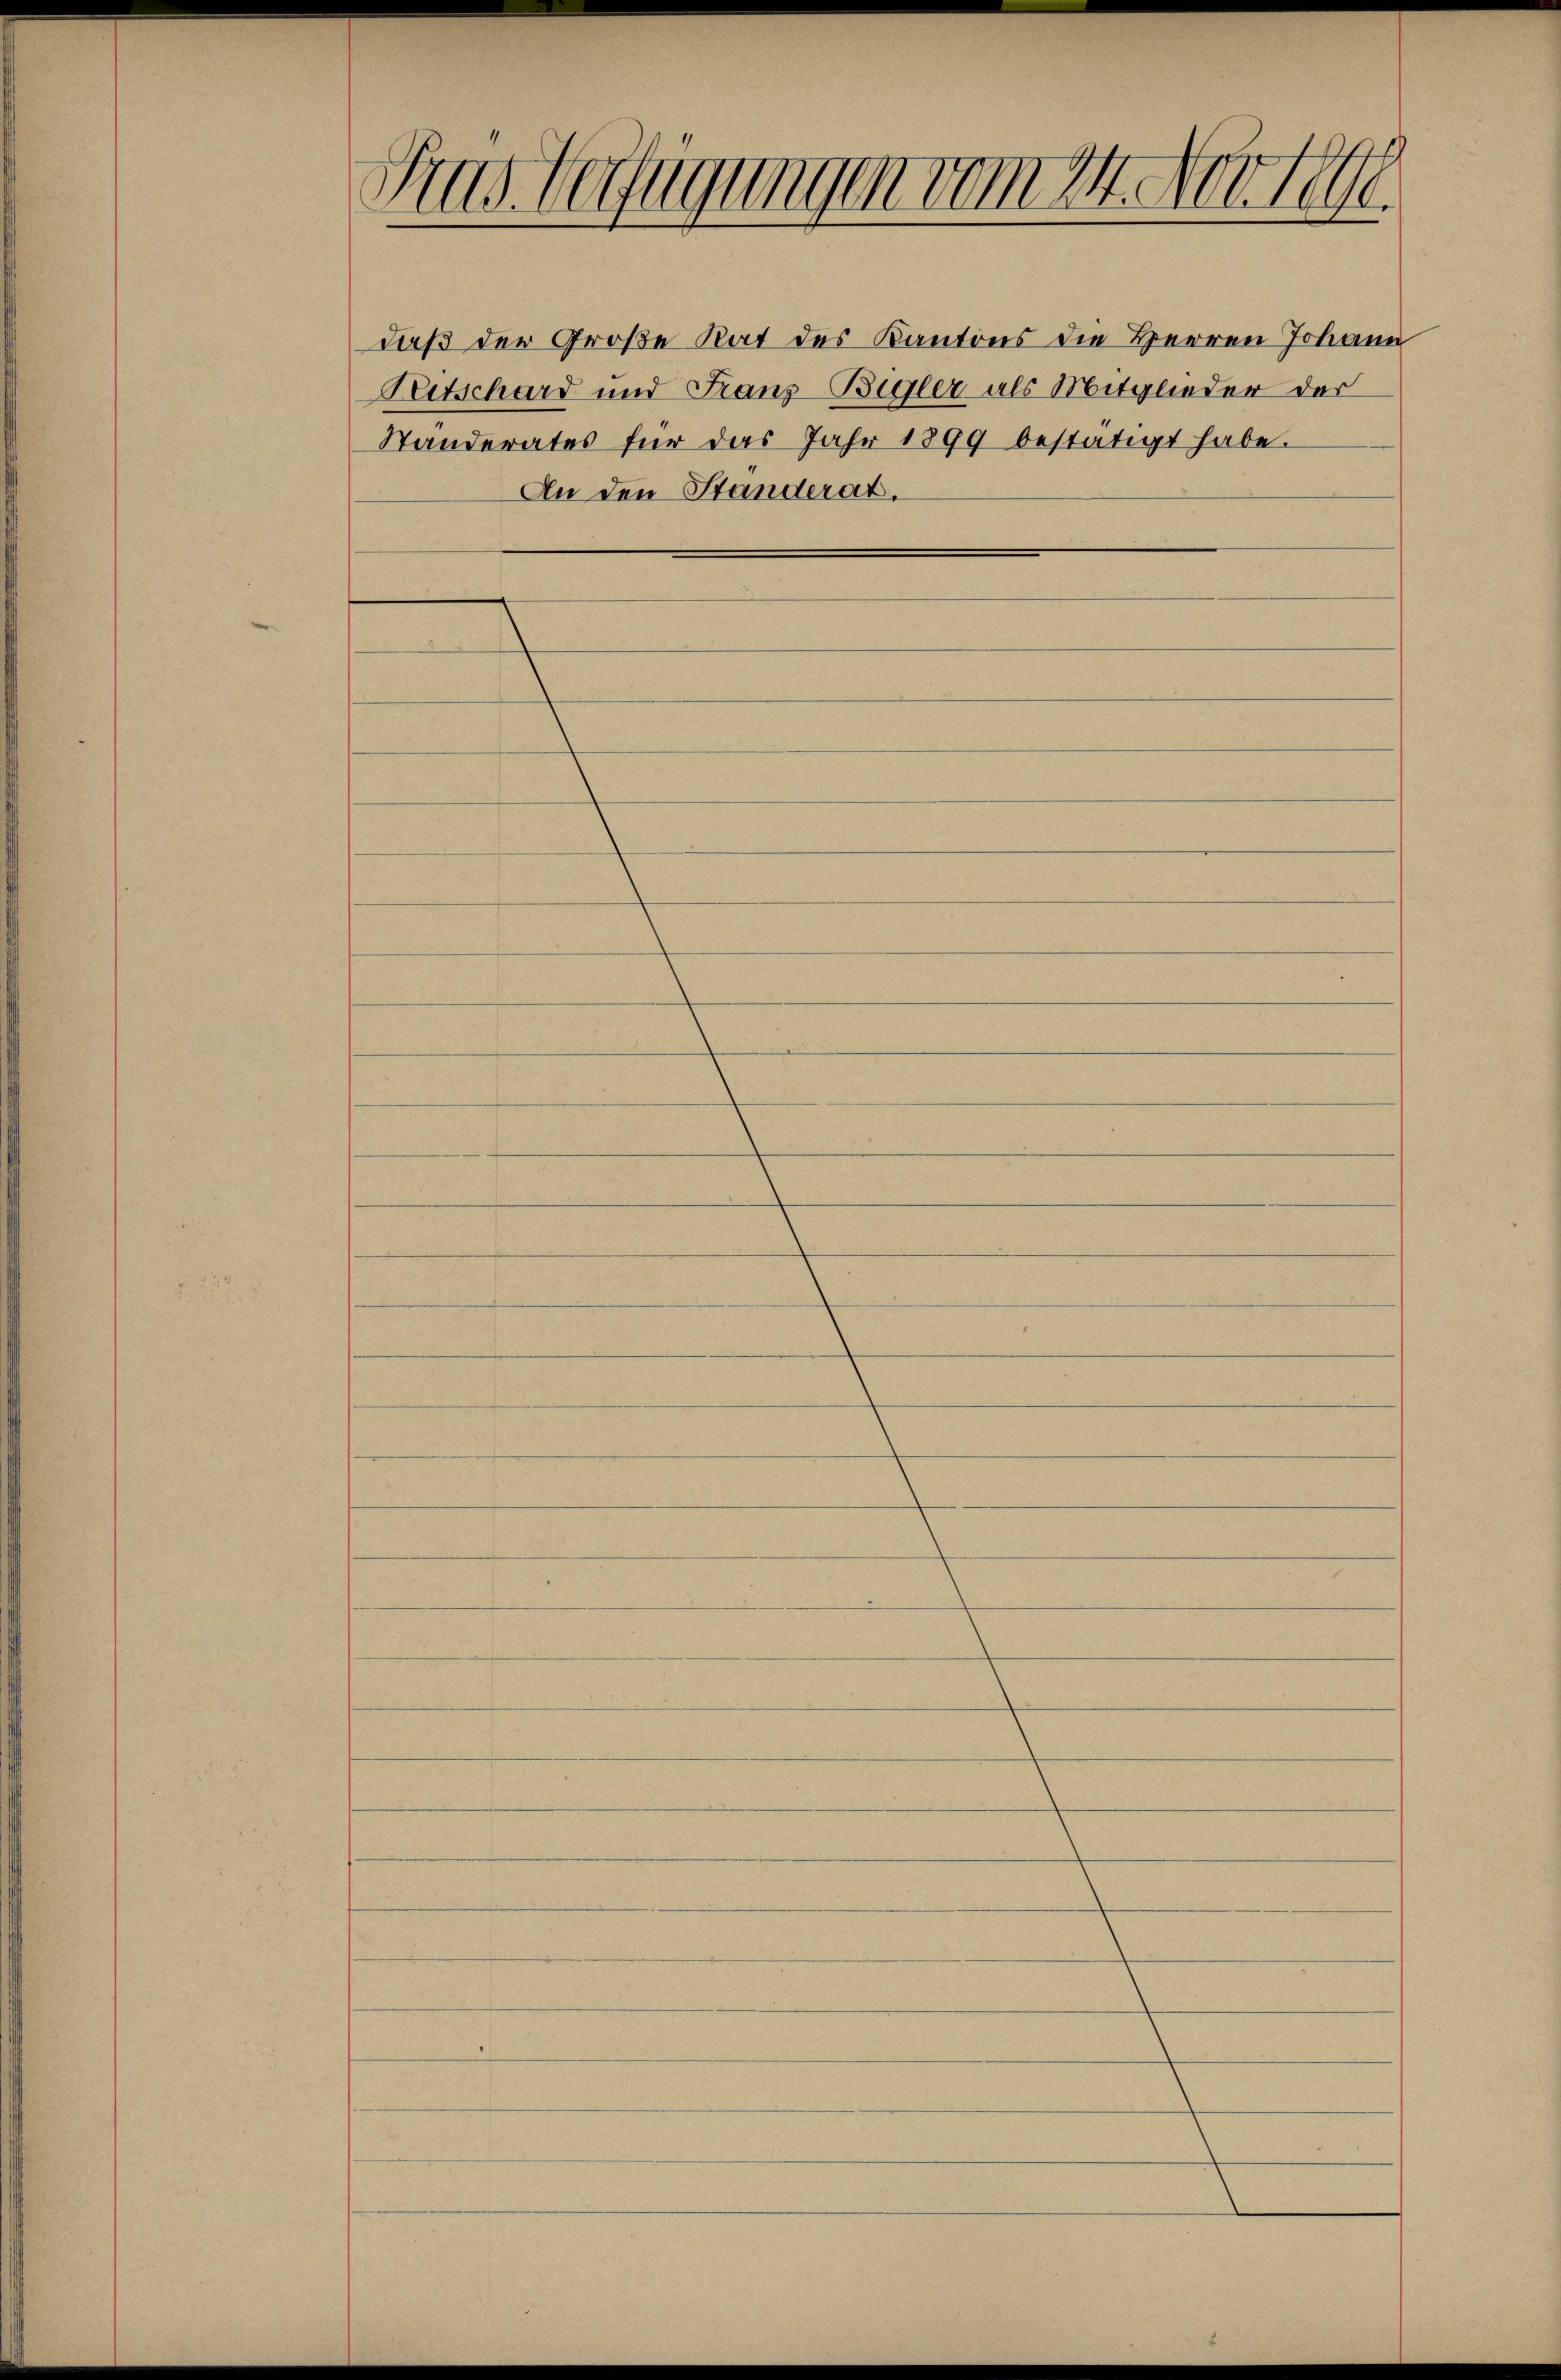
Pras. Verfügungen vom 14 erthe

daß der Große Rat des Kantons die Herren Johann
Peetschard und Franz-Bigler als Mitglieder der
Standerates für das Jahr 1899 bestätigt habe.
An den Standerat.